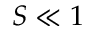
S \ll 1